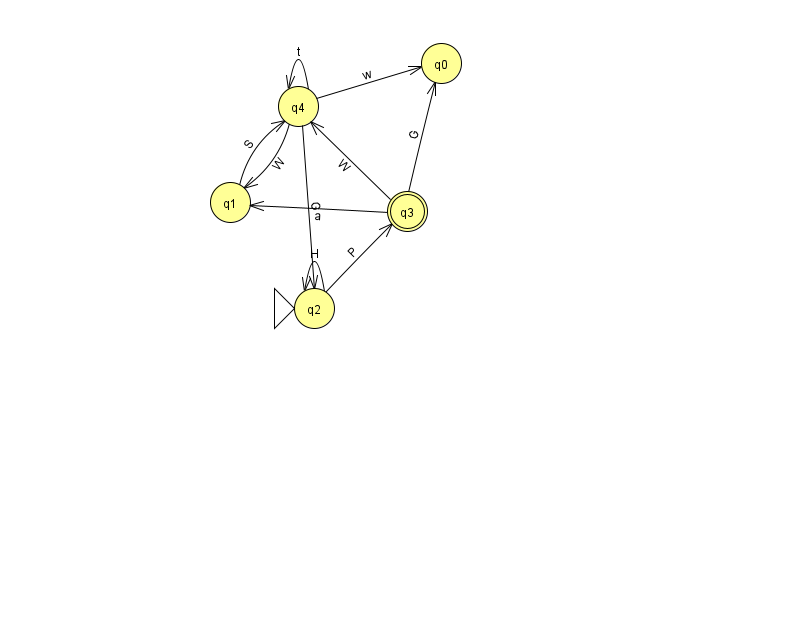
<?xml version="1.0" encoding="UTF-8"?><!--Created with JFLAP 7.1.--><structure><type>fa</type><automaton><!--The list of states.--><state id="0" name="q0"><x>441.0</x><y>50.0</y></state><state id="1" name="q1"><x>230.0</x><y>189.0</y></state><state id="2" name="q2"><x>314.0</x><y>295.0</y><initial/></state><state id="3" name="q3"><x>407.0</x><y>198.0</y><final/></state><state id="4" name="q4"><x>298.0</x><y>93.0</y></state><!--The list of transitions.--><transition><from>3</from><to>4</to><read>W</read></transition><transition><from>4</from><to>0</to><read>w</read></transition><transition><from>2</from><to>3</to><read>P</read></transition><transition><from>4</from><to>2</to><read>G</read></transition><transition><from>4</from><to>4</to><read>t</read></transition><transition><from>3</from><to>0</to><read>G</read></transition><transition><from>2</from><to>2</to><read>H</read></transition><transition><from>3</from><to>1</to><read>a</read></transition><transition><from>4</from><to>1</to><read>W</read></transition><transition><from>1</from><to>4</to><read>S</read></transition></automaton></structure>